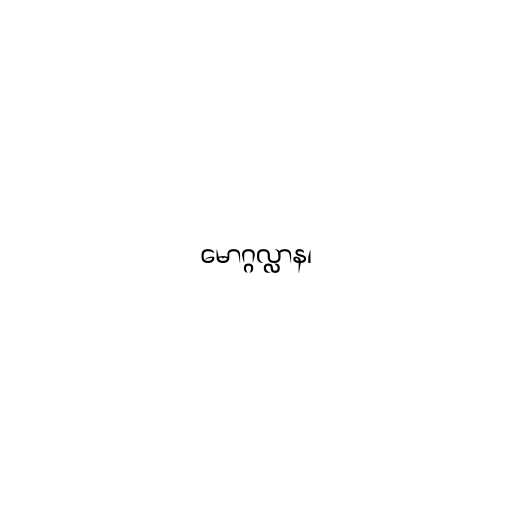
မောဂ္ဂလ္လာန၊